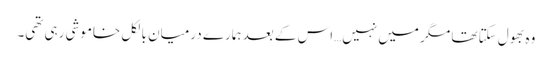
وہ بھول سکتا تھا مگر میں نہیں…اس کے بعد ہمارے درمیان بالکل خاموشی رہی تھی۔